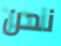
نحن